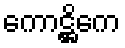
ကောဋ္ဌိကေ